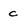
Character: c